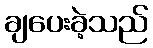
ချပေးခဲ့သည်